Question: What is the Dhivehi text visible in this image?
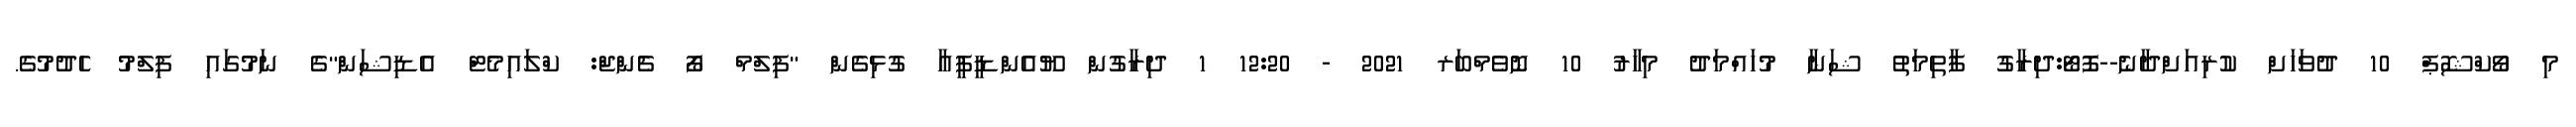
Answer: މި ވޯކްޝޮޕް 10 ދުވަހަށް ކުރިއަށްދާނެ--ފޮޓޯ:ދިރާގު ފާތިމަތު ޝަނާ މުހައްމަދު މިހާރު 10 ނޮވެމްބަރ 2021 - 12:20 1 ދިރާގުން ޔޫއެންޑީޕީއާ ގުޅިގެން "ފިލްމް ފޯ ޗެންޖް: ކްލައިމެޓް އެޑިޝަން"ގެ ނަމުގައި ފިލްމު ހެދުމުގެ.